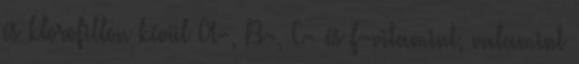
és klorofillon kívül A-, B-, C- és F-vitamint, valamint